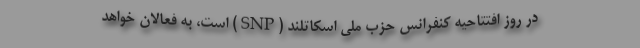
در روز افتتاحیه کنفرانس حزب ملی اسکاتلند (SNP) است، به فعالان خواهد